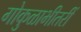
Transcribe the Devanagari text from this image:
गोकुळाभीतरीं